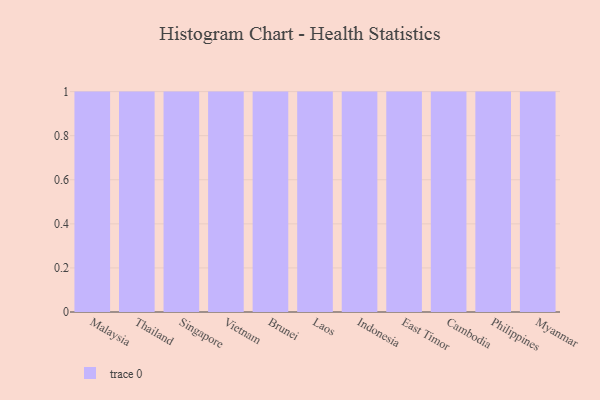
{"axis": {"x": "Country", "y": "Latency (ms)"}, "legend": [""], "data": [{"x": "Malaysia", "y": 44, "type": ""}, {"x": "Thailand", "y": 5, "type": ""}, {"x": "Singapore", "y": 85, "type": ""}, {"x": "Vietnam", "y": 14, "type": ""}, {"x": "Brunei", "y": 84, "type": ""}, {"x": "Laos", "y": 10, "type": ""}, {"x": "Indonesia", "y": 71, "type": ""}, {"x": "East Timor", "y": 19, "type": ""}, {"x": "Cambodia", "y": 82, "type": ""}, {"x": "Philippines", "y": 59, "type": ""}, {"x": "Myanmar", "y": 8, "type": ""}]}